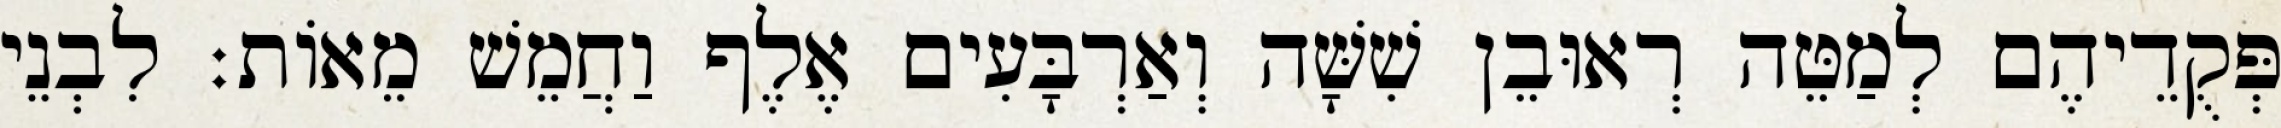
פְּקֻדֵיהֶם לְמַטֵּה רְאוּבֵן שִׁשָּׁה וְאַרְבָּעִים אֶלֶף וַחֲמֵשׁ מֵאוֹת׃ לִבְנֵי